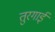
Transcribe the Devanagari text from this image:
तुरगाई